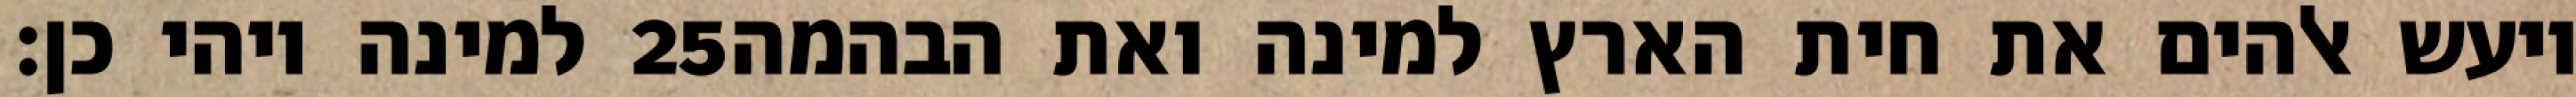
למינה ויהי כן׃ ‎25‏ ויעש אלהים את חית הארץ למינה ואת הבהמה